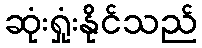
ဆုံးရှုံးနိုင်သည်